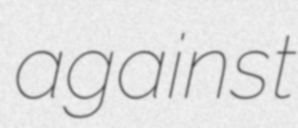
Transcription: against